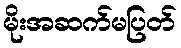
မိုးအဆက်မပြတ်